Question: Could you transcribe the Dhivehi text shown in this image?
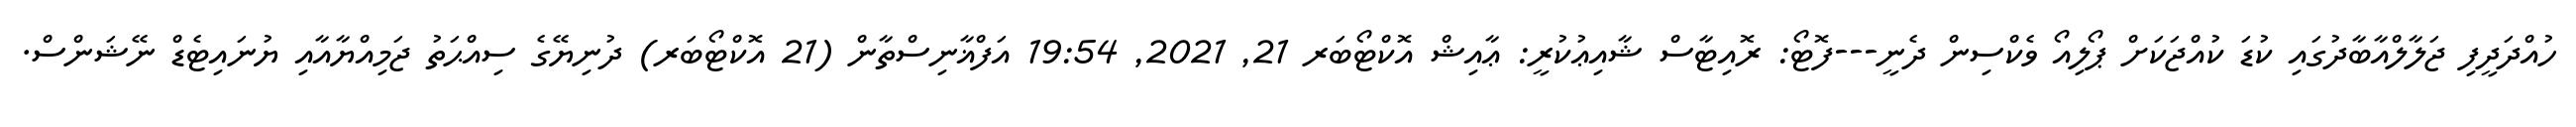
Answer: ހުއްދަދީފި ޖަލާލްއާބާދުގައި ކުޑަ ކުއްޖަކަށް ޕޯލިއޯ ވެކްސިން ދެނީ---ފޮޓޯ: ރޮއިޓާސް ޝާއިޢުކުރީ: ޢާއިޝް އޮކްޓޯބަރ 21, 2021, 19:54 އަފްޣާނިސްތާން (21 އޮކްޓޯބަރ) ދުނިޔޭގެ ސިއްޙަތު ޖަމިއްޔާއާއި ޔުނައިޓެޑް ނޭޝަންސް.